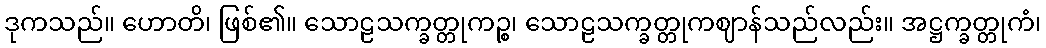
ဒုကသည်။ ဟောတိ၊ ဖြစ်၏။ သောဠသက္ခတ္တုကဉ္စ၊ သောဠသက္ခတ္တုကဈာန်သည်လည်း။ အဋ္ဌက္ခတ္တုကံ၊